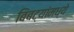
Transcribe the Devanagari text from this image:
बिबट्यांमध्ये